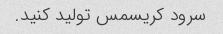
سرود کریسمس تولید کنید.